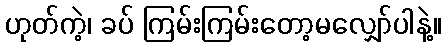
ဟုတ်ကဲ့၊ ခပ် ကြမ်းကြမ်းတော့မလျှော်ပါနဲ့။